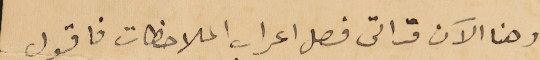
وهنا الان قد اتى فصل اعراب الملاحظات فاقول